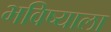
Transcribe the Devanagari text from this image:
भविष्याला